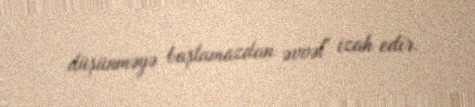
düşünməyə başlamazdan əvvəl" izah edir.